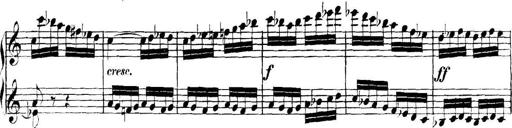
Title: Collected Piano Sonatas
Composer: Muzio Clementi